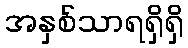
အနှစ်သာရရှိရှိ